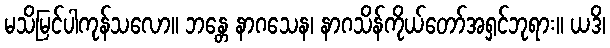
မသိမြင်ပါကုန်သလော။ ဘန္တေ နာဂသေန၊ နာဂသိန်ကိုယ်တော်အရှင်ဘုရား။ ယဒိ၊